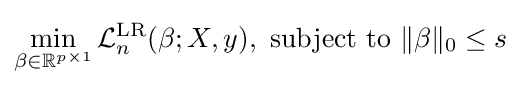
\min _{\beta \in \mathbb {R} ^{p\times 1}}{\mathcal {L}}_{n}^{\text{LR}}(\beta ;X,y),{\text{ subject to }}\|\beta \|_{0}\leq s